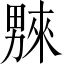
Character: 𤳆